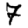
Digit: 7